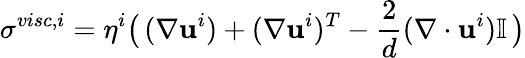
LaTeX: \sigma^{visc,i}=\eta^{i}\big(\, (\nabla\mathbf u^{i})+(\nabla\mathbf u^{i})^{T}-\frac{2}{d}(\nabla\cdot\mathbf u^{i})\mathbb{I}\, \big)